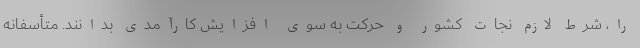
را، شرط لازم نجات کشور و حرکت به سوی افزایش کارآمدی بدانند. متأسفانه